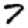
Digit: 7